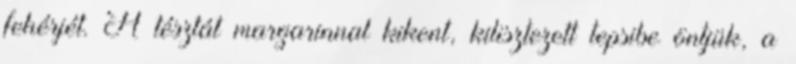
fehérjét. A tésztát margarinnal kikent, kilisztezett tepsibe öntjük, a